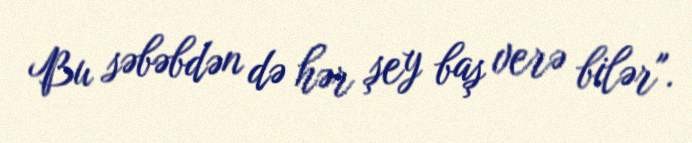
Bu səbəbdən də hər şey baş verə bilər".